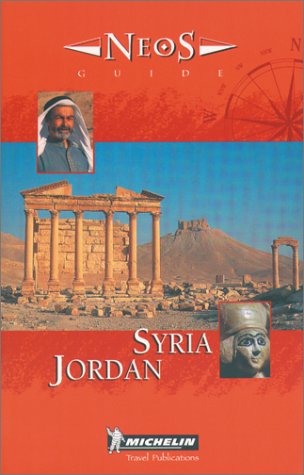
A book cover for Michelin NEOS Guide Syria Jordan, 1e (NEOS Guide); Michelin Travel Publications; Travel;